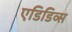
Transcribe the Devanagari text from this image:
एडिडिव्स